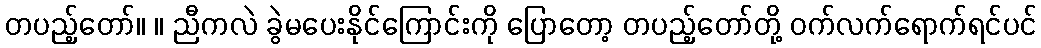
တပည့်တော်။ ။ ညီကလဲ ခွဲမပေးနိုင်ကြောင်းကို ပြောတော့ တပည့်တော်တို့ ဝက်လက်ရောက်ရင်ပင်